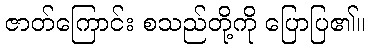
ဇာတ်ကြောင်း စသည်တို့ကို ပြောပြ၏။